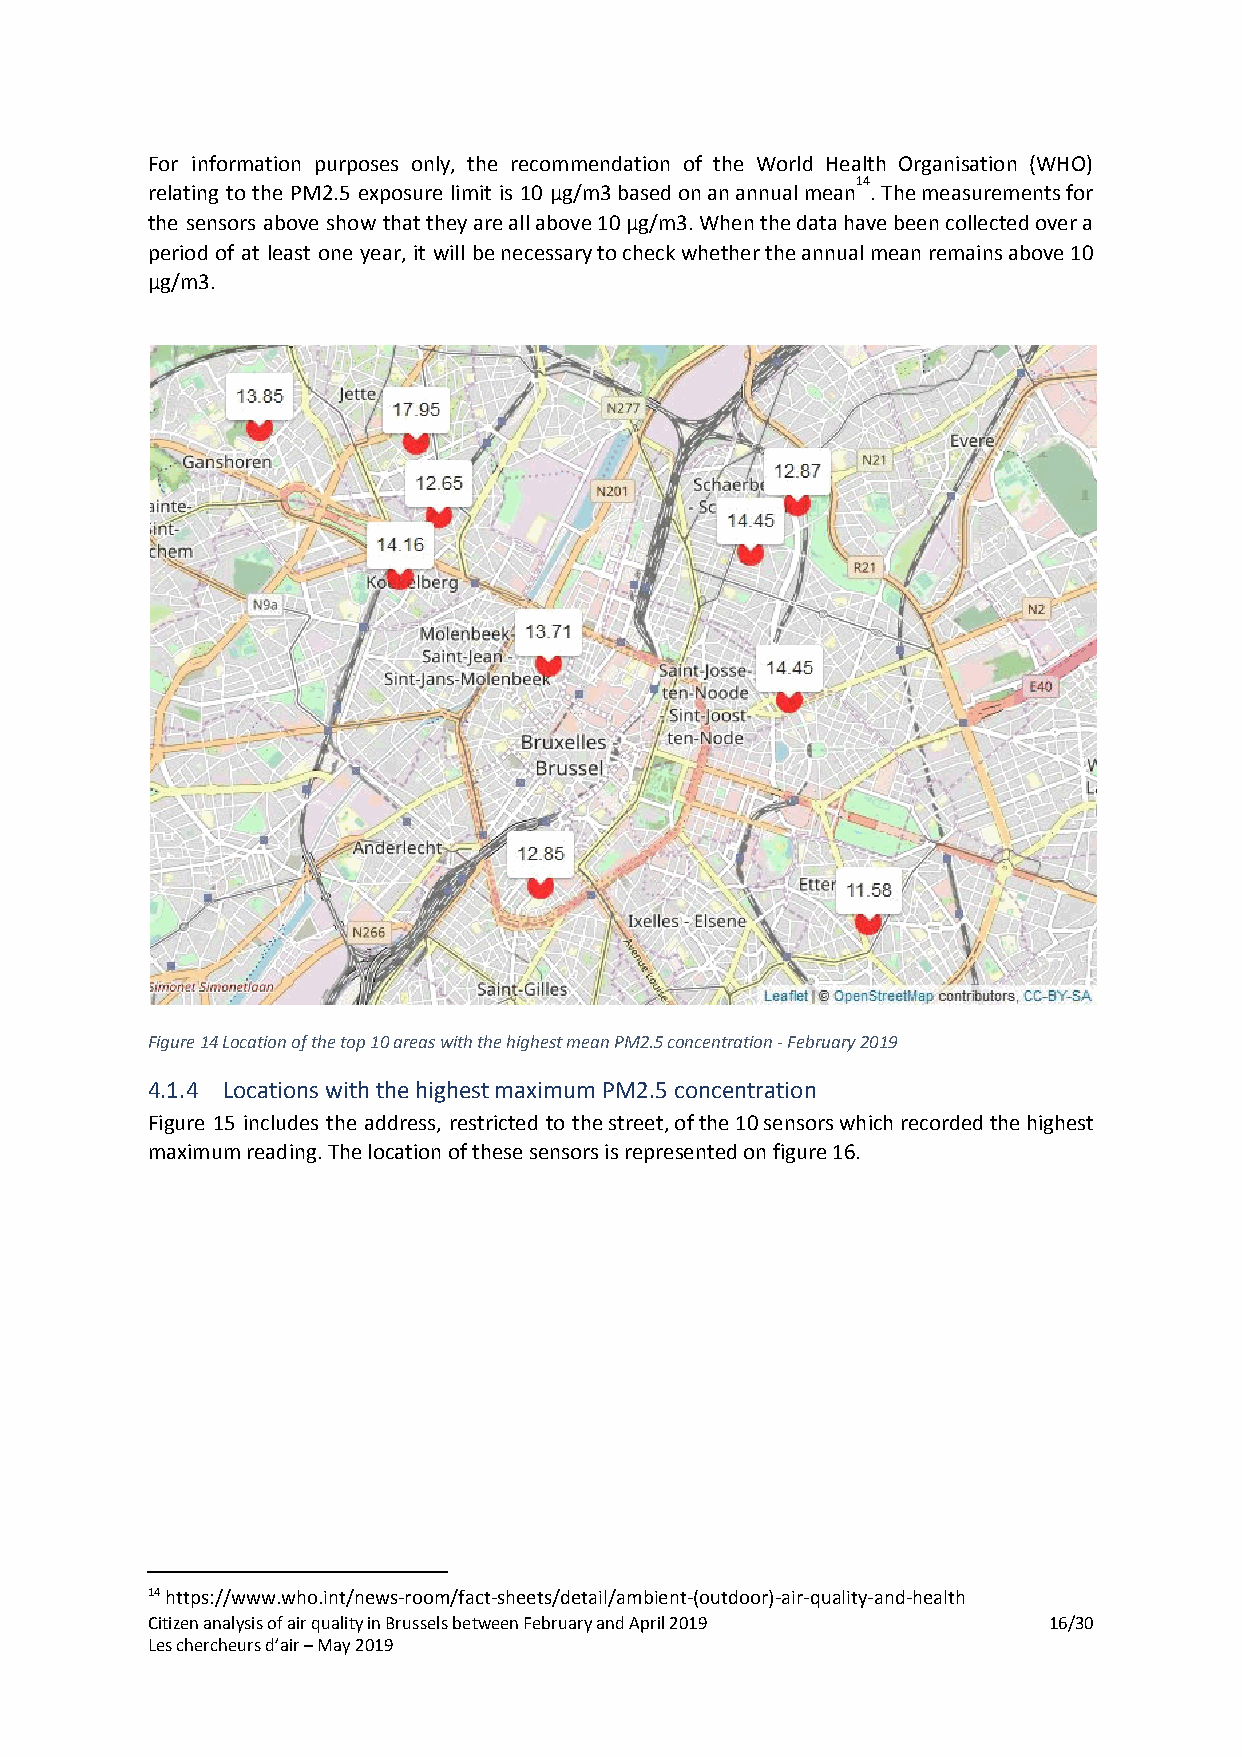
For information purposes only, the recommendation of the World Health Organisation (WHO)
 14
 relating to the PM2.5 exposure limit is 10 µg/m3 based on an annual mean . The measurements for
 the sensors above show that they are all above 10 µg/m3. When the data have been collected over a
 period of at least one year, it will be necessary to check whether the annual mean remains above 10
 µg/m3.
 Figure 14 Location of the top 10 areas with the highest mean PM2.5 concentration - February 2019
 4.1.4 Locations with the highest maximum PM2.5 concentration
 Figure 15 includes the address, restricted to the street, of the 10 sensors which recorded the highest
 maximum reading. The location of these sensors is represented on figure 16.
 14 https://www.who.int/news-room/fact-sheets/detail/ambient-(outdoor)-air-quality-and-health
 Citizen analysis of air quality in Brussels between February and April 2019 16/30
 Les chercheurs d’air – May 2019